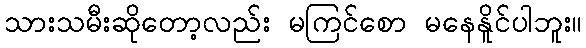
သားသမီးဆိုတော့လည်း မကြင်စော မနေနိူင်ပါဘူး။